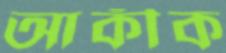
আকীক